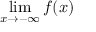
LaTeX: \operatorname* { l i m } _ { x \to - \infty } { f ( x ) }